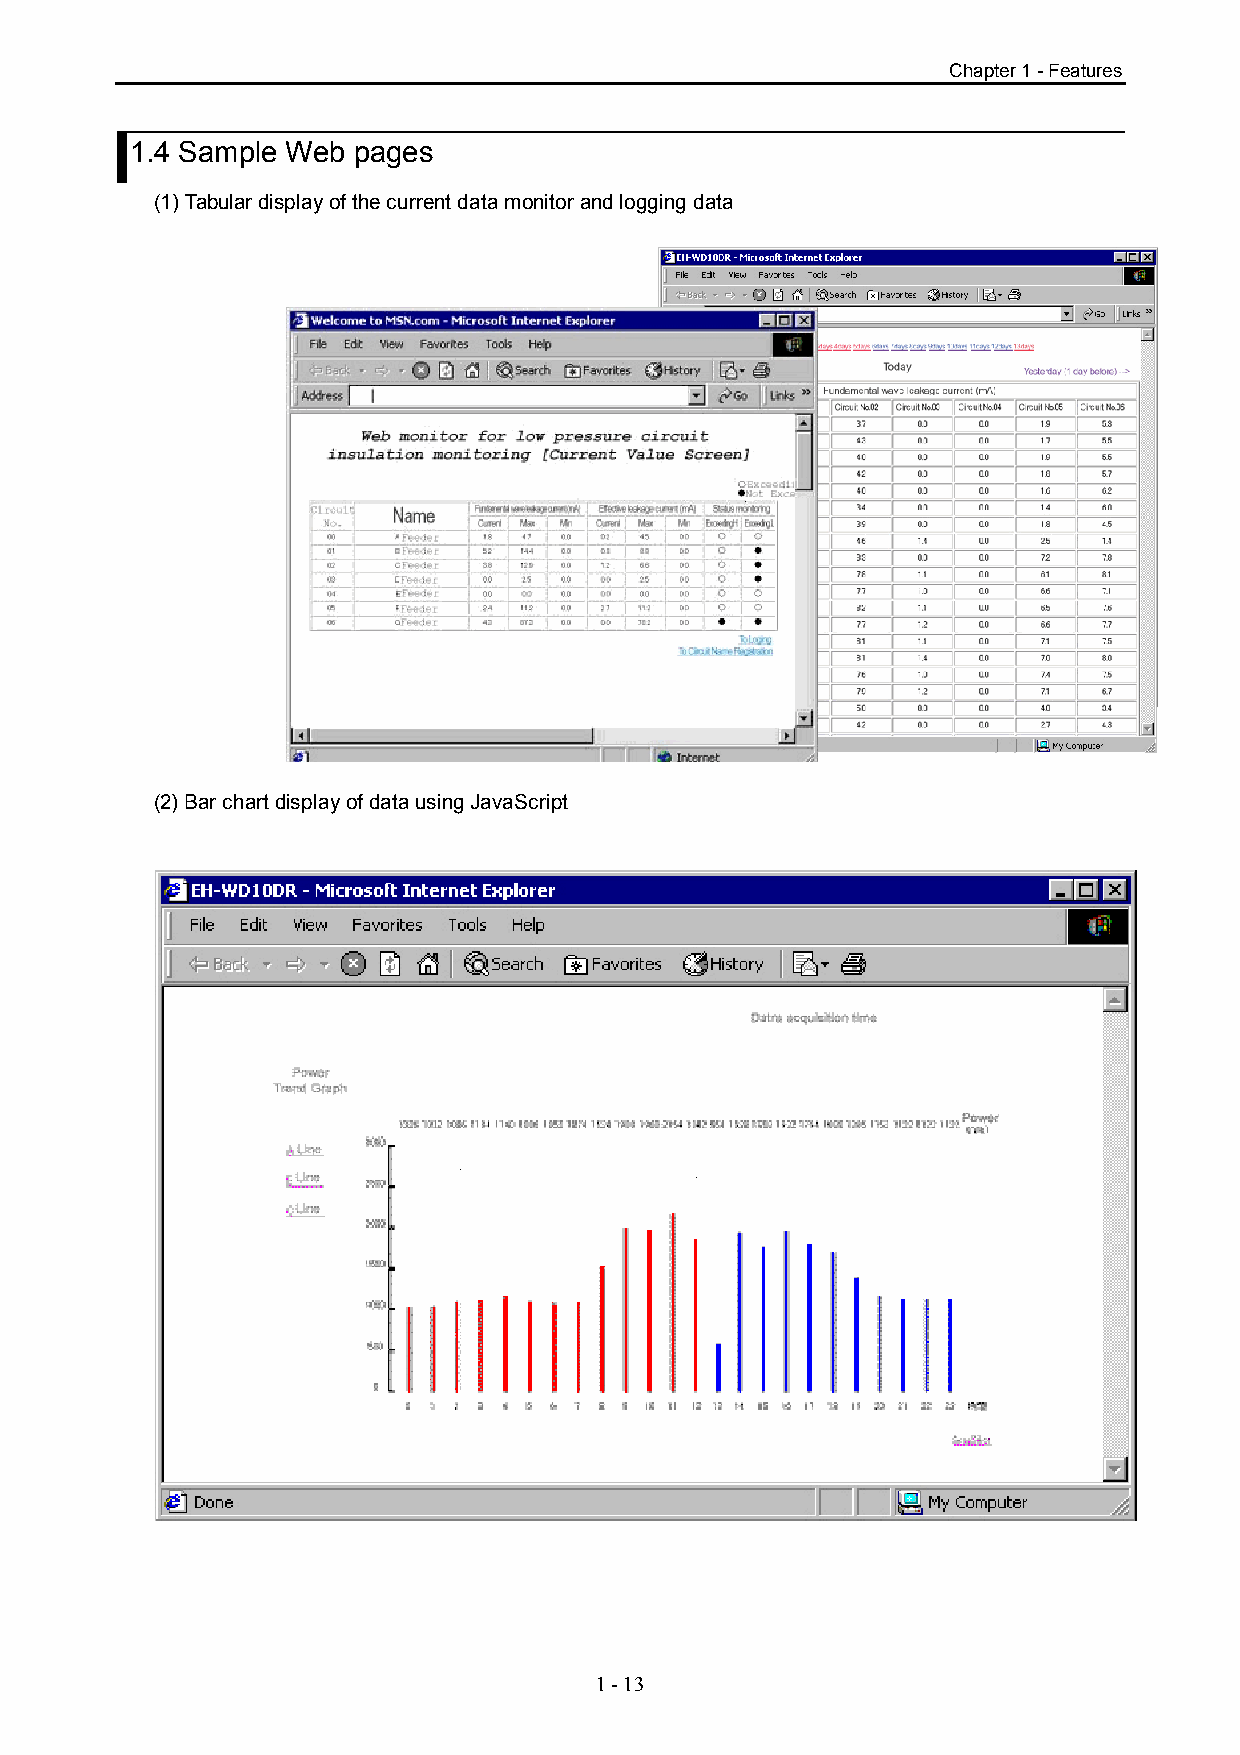
Chapter 1 - Features
 1.4 Sample Web pages
 (1) Tabular display of the current data monitor and logging data
 (2) Bar chart display of data using JavaScript
 1 - 13